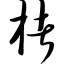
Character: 楮